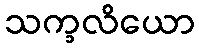
သက္ခလိယော